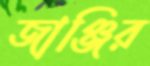
জাঞ্জির